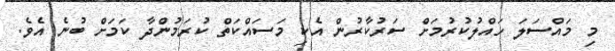
މި މައްސަލަ ހައްލުކުރުމަށް ސަރުކާރުން އެކި މަސައްކަތް ކުރަމުންދާ ކަމަށް ބުނެ އެވެ.